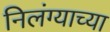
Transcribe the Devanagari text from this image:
निलंग्याच्या